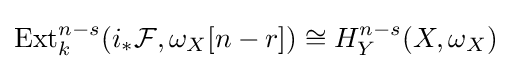
\operatorname {Ext} _{k}^{n-s}(i_{*}{\mathcal {F}},\omega _{X}[n-r])\cong H_{Y}^{n-s}(X,\omega _{X})